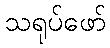
သရုပ်ဖော်